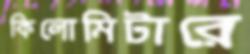
কিলোমিটারে